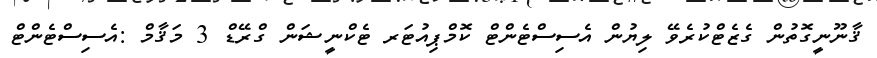
ޤާނޫނީގޮތުން ގެޒެޓްކުރެވޭ ލިޔުން އެސިސްޓެންޓް ކޮމްޕިއުޓަރ ޓެކްނީޝަން ގްރޭޑް 3 މަޤާމް :އެސިސްޓެންޓް